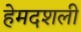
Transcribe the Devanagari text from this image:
हेमदशली